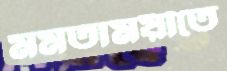
মমতাময়ীতে